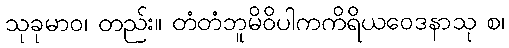
သုခုမာဝ၊ တည်း။ တံတံဘူမိဝိပါကကိရိယဝေဒနာသု စ၊